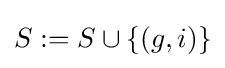
S:=S\cup \{(g,i)\}